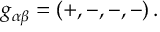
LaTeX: g _ { \alpha \beta } = \left( + , - , - , - \right) .